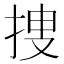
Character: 捜